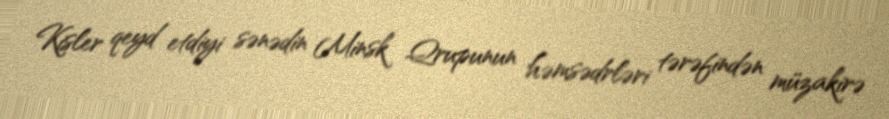
Kisler qeyd etdiyi sənədin Minsk Qrupunun həmsədrləri tərəfindən müzakirə